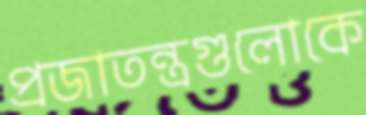
প্রজাতন্ত্রগুলোকে